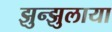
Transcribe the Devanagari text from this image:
झुन्झुलाया